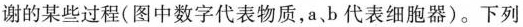
谢的某些过程(图中数字代表物质，a，b代表细胞器)。下列